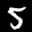
Digit: 5